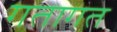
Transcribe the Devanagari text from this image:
गतागत